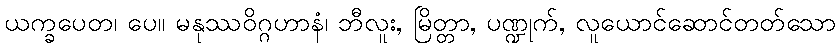
ယက္ခပေတ၊ ပေ။ မနုဿဝိဂ္ဂဟာနံ၊ ဘီလူး, မြိတ္တာ, ပဏ္ဍုက်, လူယောင်ဆောင်တတ်သော